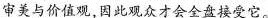
审美与价值观因此观众才会全盘接受它。